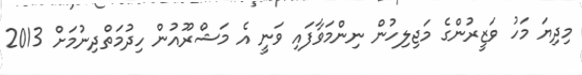
މިދިޔަ މަހު ވަޒީރުންގެ މަޖިލިހުން ނިންމަވާފައި ވަނީ އެ މަޝްރޫއުން ހިދުމަތްދިނުމަށް 2013